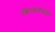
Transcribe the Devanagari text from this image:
किंग्डमसाठी